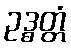
ဥဒ္ဓတ္တံ